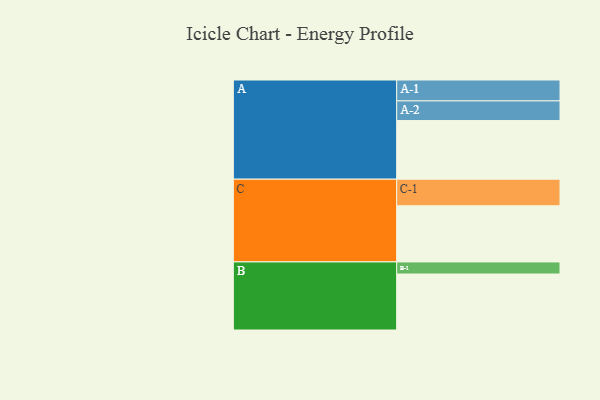
{"axis": {"x": "Segment", "y": "Value"}, "legend": ["", "A", "B", "C"], "data": [{"x": "A", "y": 441, "type": ""}, {"x": "B", "y": 421, "type": ""}, {"x": "C", "y": 422, "type": ""}, {"x": "A-1", "y": 157, "type": "A"}, {"x": "A-2", "y": 148, "type": "A"}, {"x": "B-1", "y": 91, "type": "B"}, {"x": "C-1", "y": 200, "type": "C"}]}